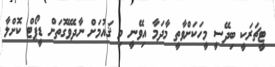
ޓީޗަރަކީ ބިދޭސީ މީހަކަށްވާތީ މާދަމާ އިވޭނީ މި ޤައުމަށް ނާދެވޭގޮތަށް ޑީޕޯޓް ކޮށްލާ